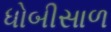
ધોબીસાળ